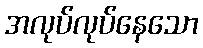
အလုပ်လုပ်နေသော